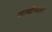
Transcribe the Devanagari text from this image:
साथीनंतर